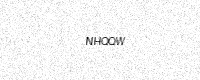
Text: NHQQW